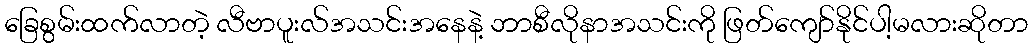
ခြေစွမ်းထက်လာတဲ့ လီဗာပူးလ်အသင်းအနေနဲ့ ဘာစီလိုနာအသင်းကို ဖြတ်ကျော်နိုင်ပါ့မလားဆိုတာ